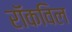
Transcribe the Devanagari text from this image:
रॉकविल